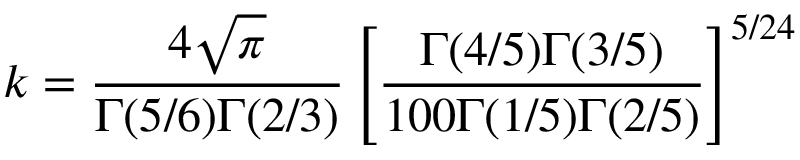
k = \frac { 4 \sqrt { \pi } } { \Gamma ( 5 / 6 ) \Gamma ( 2 / 3 ) } \left[ \frac { \Gamma ( 4 / 5 ) \Gamma ( 3 / 5 ) } { 1 0 0 \Gamma ( 1 / 5 ) \Gamma ( 2 / 5 ) } \right] ^ { 5 / 2 4 }